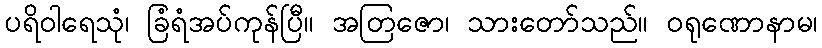
ပရိဝါရေသုံ၊ ခြံရံအပ်ကုန်ပြီ။ အတြဇော၊ သားတော်သည်။ ဝရုဏောနာမ၊